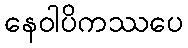
နေဝါပိကဿပေ